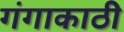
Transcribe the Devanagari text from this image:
गंगाकाठी